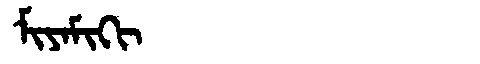
Manchu: ᠮᡳᠶᠠᠮᡳᡴᡳ
Romanization: MIYAMIKI